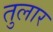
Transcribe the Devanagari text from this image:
तुलार